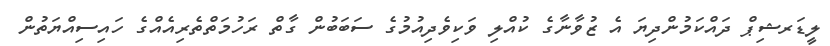
ލީޑަރޝިޕް ދައްކަމުންދިޔަ އެ ޒުވާނާގެ ކުއްލި ވަކިވެދިއުމުގެ ސަބަބުން ގާތް ރަހުމަތްތެރިއެއްގެ ހައިސިއްޔަތުން